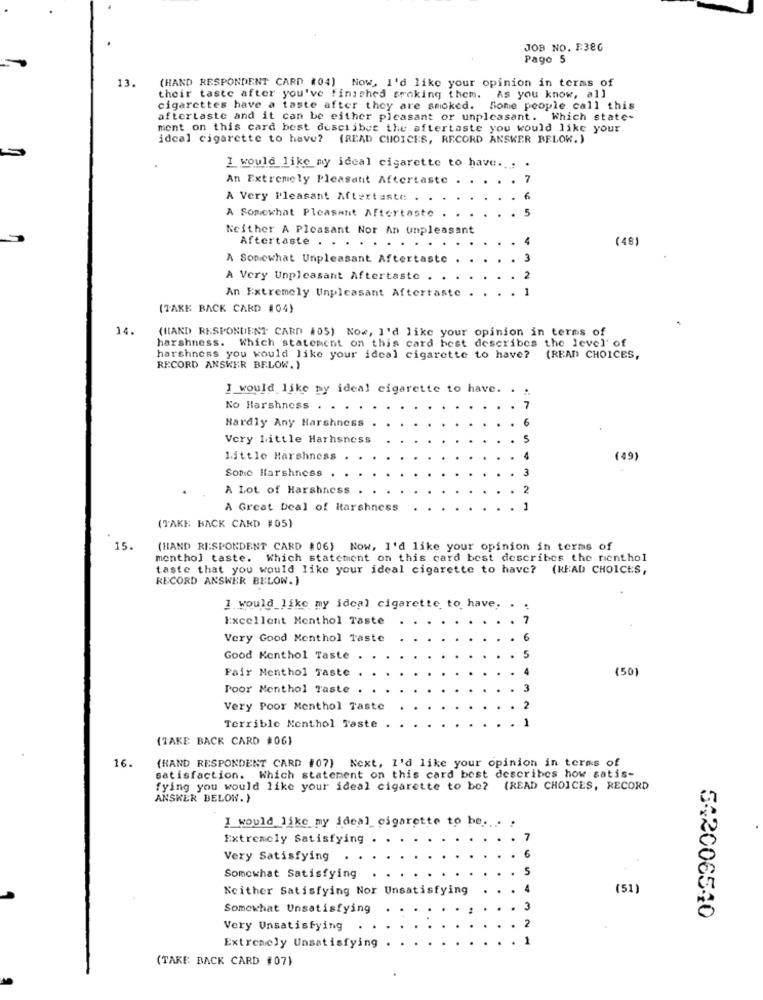
JOB NO. E386
Pago 5
13.
(HAND RESPONDENT CARD (04) Now, I'd like your opinion in terms of
their taste after you've finished sroking them. As you know, al]
cigarettes have a taste after they are smoked. Some people call this
aftertaste and it can be either pleasant or unpleasant. Which state-
ment on this card best describes the aftertaste you would like your
idcal cigarette to have? (READ CHOICES, RECORD ANSKER BELOW. )
I would like my ideal cigarette to have ... .
An Extremely Pleasant Aftertaste
7
A Very Pleasant Aftertaste . .
5
A Somewhat Pleasant Aftertaste
Neither A Pleasant Nor An unpleasant
Aftertaste . .
-
(48
A Somewhat Unpleasant Aftertaste
3
A Very Unpleasant Aftertaste .
2
1
An Extremely Unpleasant Aftertaste
(TAKE BACK CARD #04)
14.
(HAND RESPONDENT CARD #05) Now, I'd like your opinion in terms of
harshness. Which statement on this card best describes the level of
harshness you would like your ideal cigarette to have? (READ CHOICES,
RECORD ANSWER BELOW. )
I would like py ideal cigarette to have.
No Harshness .
Hardly Any Harshness
Very Little Harhsness
Little Harshness
(49)
Some Harshness
A Lot of Harshness
A Great Deal of Harshness
(TAKE BACK CARD #05)
15.
(HAND RESPONDENT CARD #06) Now, I'd like your opinion in terms of
menthol taste. Which statement on this card best describes the nenthol
taste that you would like your ideal cigarette to have? (READ CHOICES,
RECORD ANSWER BELOW.)
1 would_like my ideal cigarette to have.
Excellent Menthol Taste
7
Very Good Menthol Taste
Good Kenthol Taste
£
Fair Menthol Taste
(50)
Poor Menthol Taste
Very Poor Menthol Taste
Terrible Nenthol Taste
(TAKE BACK CARD #06)
16.
(HAND RESPONDENT CARD #07) Next, I'd like your opinion in terms of
satisfaction. Which statement on this card best describes how satis-
fying you would like your ideal cigarette to be? (READ CHOICES, RECORD
ANSWER BELOW.}
I would like my ideal cigarette to be ... .
Extremely Satisfying
Very Satisfying
Somewhat Satisfying
Neither Satisfying Nor Unsatisfying
(51)
Somewhat Unsatisfying
542006540
Very Unsatisfying
Extremely Unsatisfying
(TAKE BACK CARD #07)